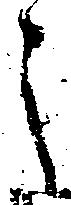
之